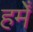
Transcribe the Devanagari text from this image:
हमेँ